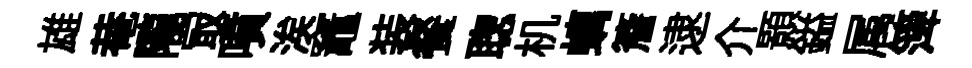
雄𤲅隴冣噴涘竈装餐聦机螭簷逮介顥鎰属𥱼